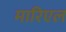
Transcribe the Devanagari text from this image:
मारिएल